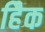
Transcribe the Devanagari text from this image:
हैिक